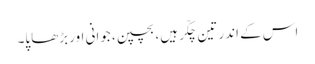
اس کے اندر تین چکّر ہیں، بچپن، جوانی اور بڑھاپا۔